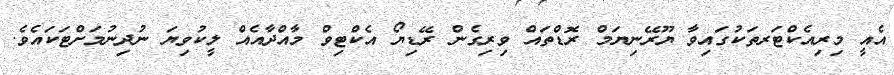
އެއީ މިރިއެކްޓަރތަކުގައިވާ ޔޫރޭނިޔަމް ރޮޑްތައް ވިރިގެން ރޭޑިޔޯ އެކްޓިވް މާއްދާއެއް ލީކުވިޔަ ނުދިނުމަށްޓަކައެވެ.